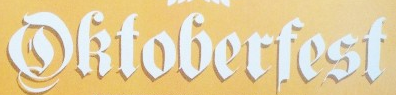
Qktoberfest